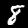
Label: 8